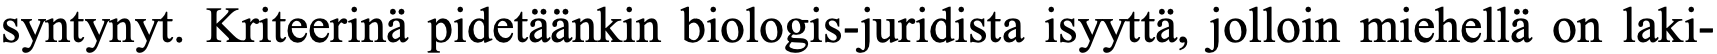
syntynyt. Kriteerinä pidetäänkin biologis-juridista isyyttä, jolloin miehellä on laki-